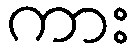
ကား